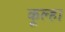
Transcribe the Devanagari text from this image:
कूल्‍हा